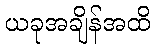
ယခုအချိန်အထိ